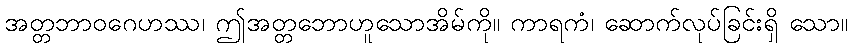
အတ္တဘာဝဂေဟဿ၊ ဤအတ္တဘောဟူသောအိမ်ကို။ ကာရကံ၊ ဆောက်လုပ်ခြင်းရှိ သော။